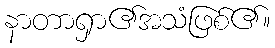
နာတာရှာ၏အသံဖြစ်၏။